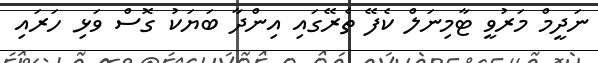
ނަދީމް މަރުވީ ޓާމިނަލް ކެފޭ ތެރޭގައި އިންދާ ބަޔަކު ގޮސް ވަޅި ހަރައި